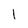
Character: 1